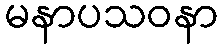
မနာပသဝနာ